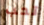
تحب